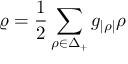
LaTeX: \varrho = { \frac { 1 } { 2 } } \sum _ { \rho \in \Delta _ { + } } g _ { | \rho | } \rho